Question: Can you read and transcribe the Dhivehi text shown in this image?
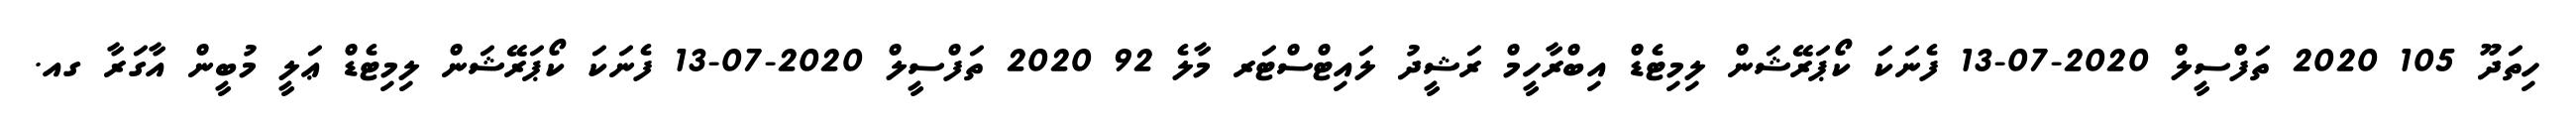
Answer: ހިތަދޫ 105 2020 ތަފްސީލް 2020-07-13 ފެނަކަ ކޯޕަރޭޝަން ލިމިޓެޑް އިބްރާހީމް ރަޝީދު ލައިޓްސްޓަރ މާލެ 92 2020 ތަފްސީލް 2020-07-13 ފެނަކަ ކޯޕަރޭޝަން ލިމިޓެޑް ޢަލީ މުބީން އާގަރާ ގއ.